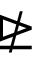
\ntrianglerighteq